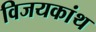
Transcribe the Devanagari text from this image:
विजयकांथ